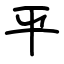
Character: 平